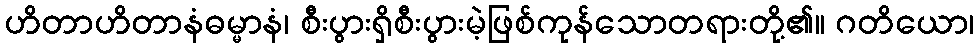
ဟိတာဟိတာနံဓမ္မာနံ၊ စီးပွားရှိစီးပွားမဲ့ဖြစ်ကုန်သောတရားတို့၏။ ဂတိယော၊